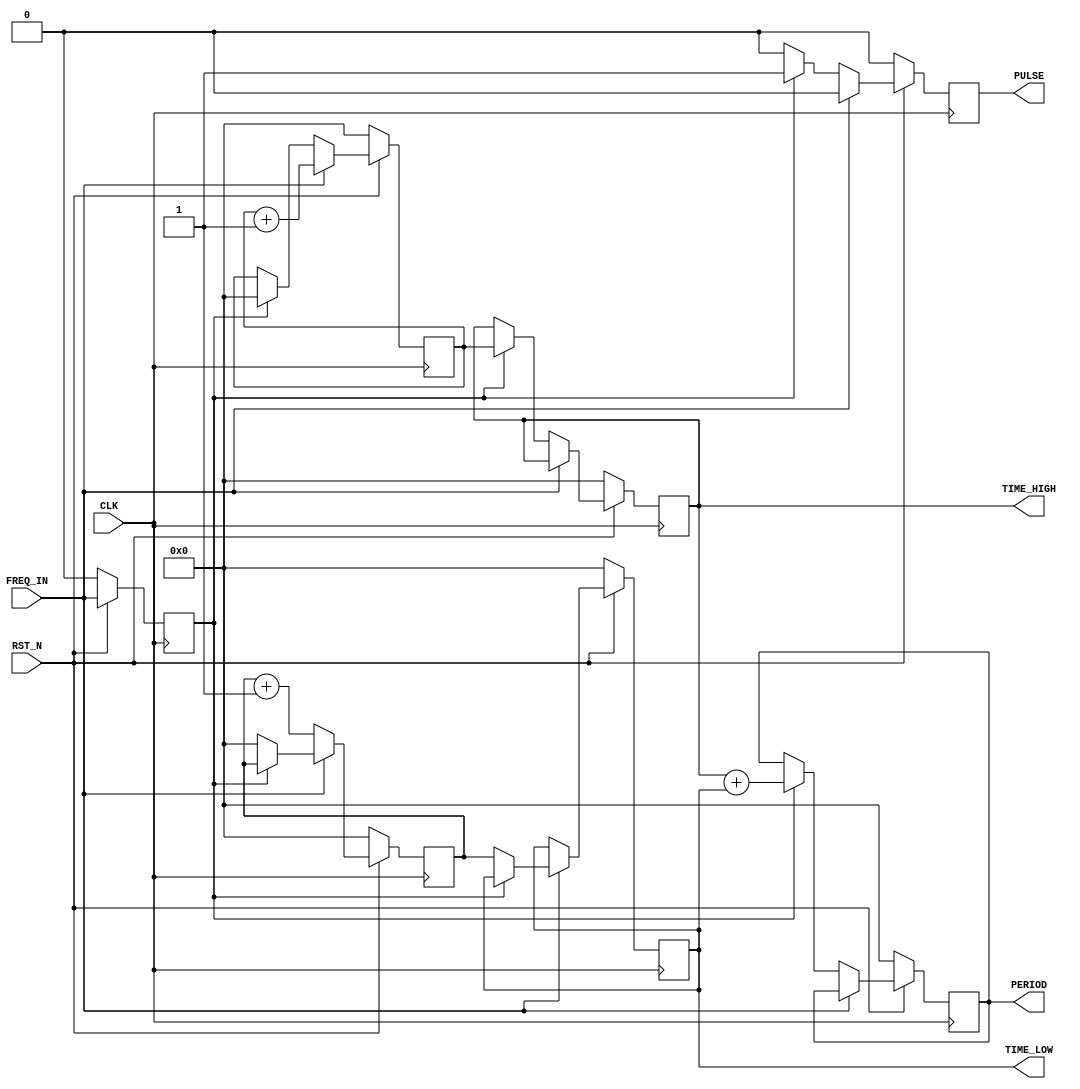
module frequency_counter #(
    parameter COUNTER_BITS = 32
)(
    input wire CLK,          // System Clock
    input wire RST_N,        // Reset, active low
    input wire FREQ_IN,     // Frequency output from frequency_module to measure
    output reg [COUNTER_BITS-1:0] TIME_HIGH,  // Time in high state, in clock cycles
    output reg [COUNTER_BITS-1:0] TIME_LOW,   // Time in low state, in clock cycles
    output reg [COUNTER_BITS-1:0] PERIOD,      // Period of the frequency signal, in clock cycles
    output reg PULSE          // Pulse output, high for one clock cycle when the period is complete
);

// Internal signals to keep track of the current state and previous state of FREQ_IN
reg previous_freq_in;
// Temporal registers to calculate times and period
reg [COUNTER_BITS-1:0] high_counter, low_counter;

always @(posedge CLK) begin
    if (!RST_N) begin
        // Reset logic
        previous_freq_in <= 0;
        high_counter <= 0;
        low_counter <= 0;
        TIME_HIGH <= 0;
        TIME_LOW <= 0;
        PERIOD <= 0;
        PULSE <= 0;
    end else begin
        // Count high or low time based on the current state of FREQ_IN
        if (FREQ_IN == 1'b1) begin
            high_counter <= high_counter + 1;
            if (previous_freq_in == 1'b0) begin
                // Transition from low to high
                TIME_LOW <= low_counter;
                low_counter <= 0;  // Reset low counter after transition
            end
            PULSE <= 0;  // Reset pulse signal if not at the end of the period
        end else begin
            low_counter <= low_counter + 1;
            if (previous_freq_in == 1'b1) begin
                // Transition from high to low
                TIME_HIGH <= high_counter;
                high_counter <= 0;  // Reset high counter after transition
                PERIOD <= TIME_HIGH + TIME_LOW;  // Update period at the end of high state
                PULSE <= 1;  // Generate pulse at the end of the period
            end else begin
                PULSE <= 0;  // Reset pulse signal if not at the end of the period
            end
            
        end
        previous_freq_in <= FREQ_IN;  // Update the previous state for the next clock cycle

    end
end

endmodule